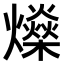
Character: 𤒇